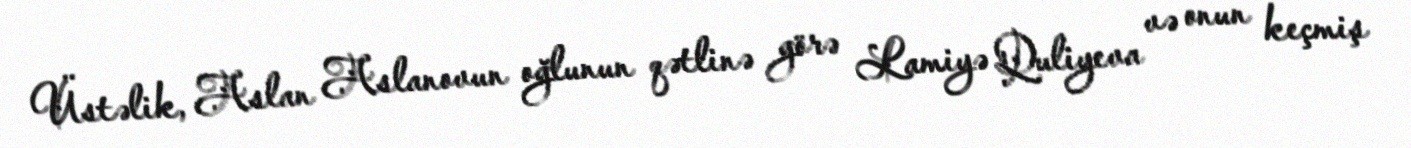
Üstəlik, Aslan Aslanovun oğlunun qətlinə görə Lamiyə Quliyeva və onun keçmiş